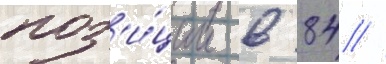
поз'и́ции в 84 //